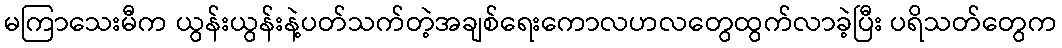
မကြာသေးမီက ယွန်းယွန်းနဲ့ပတ်သက်တဲ့အချစ်ရေးကောလဟလတွေထွက်လာခဲ့ပြီး ပရိသတ်တွေက